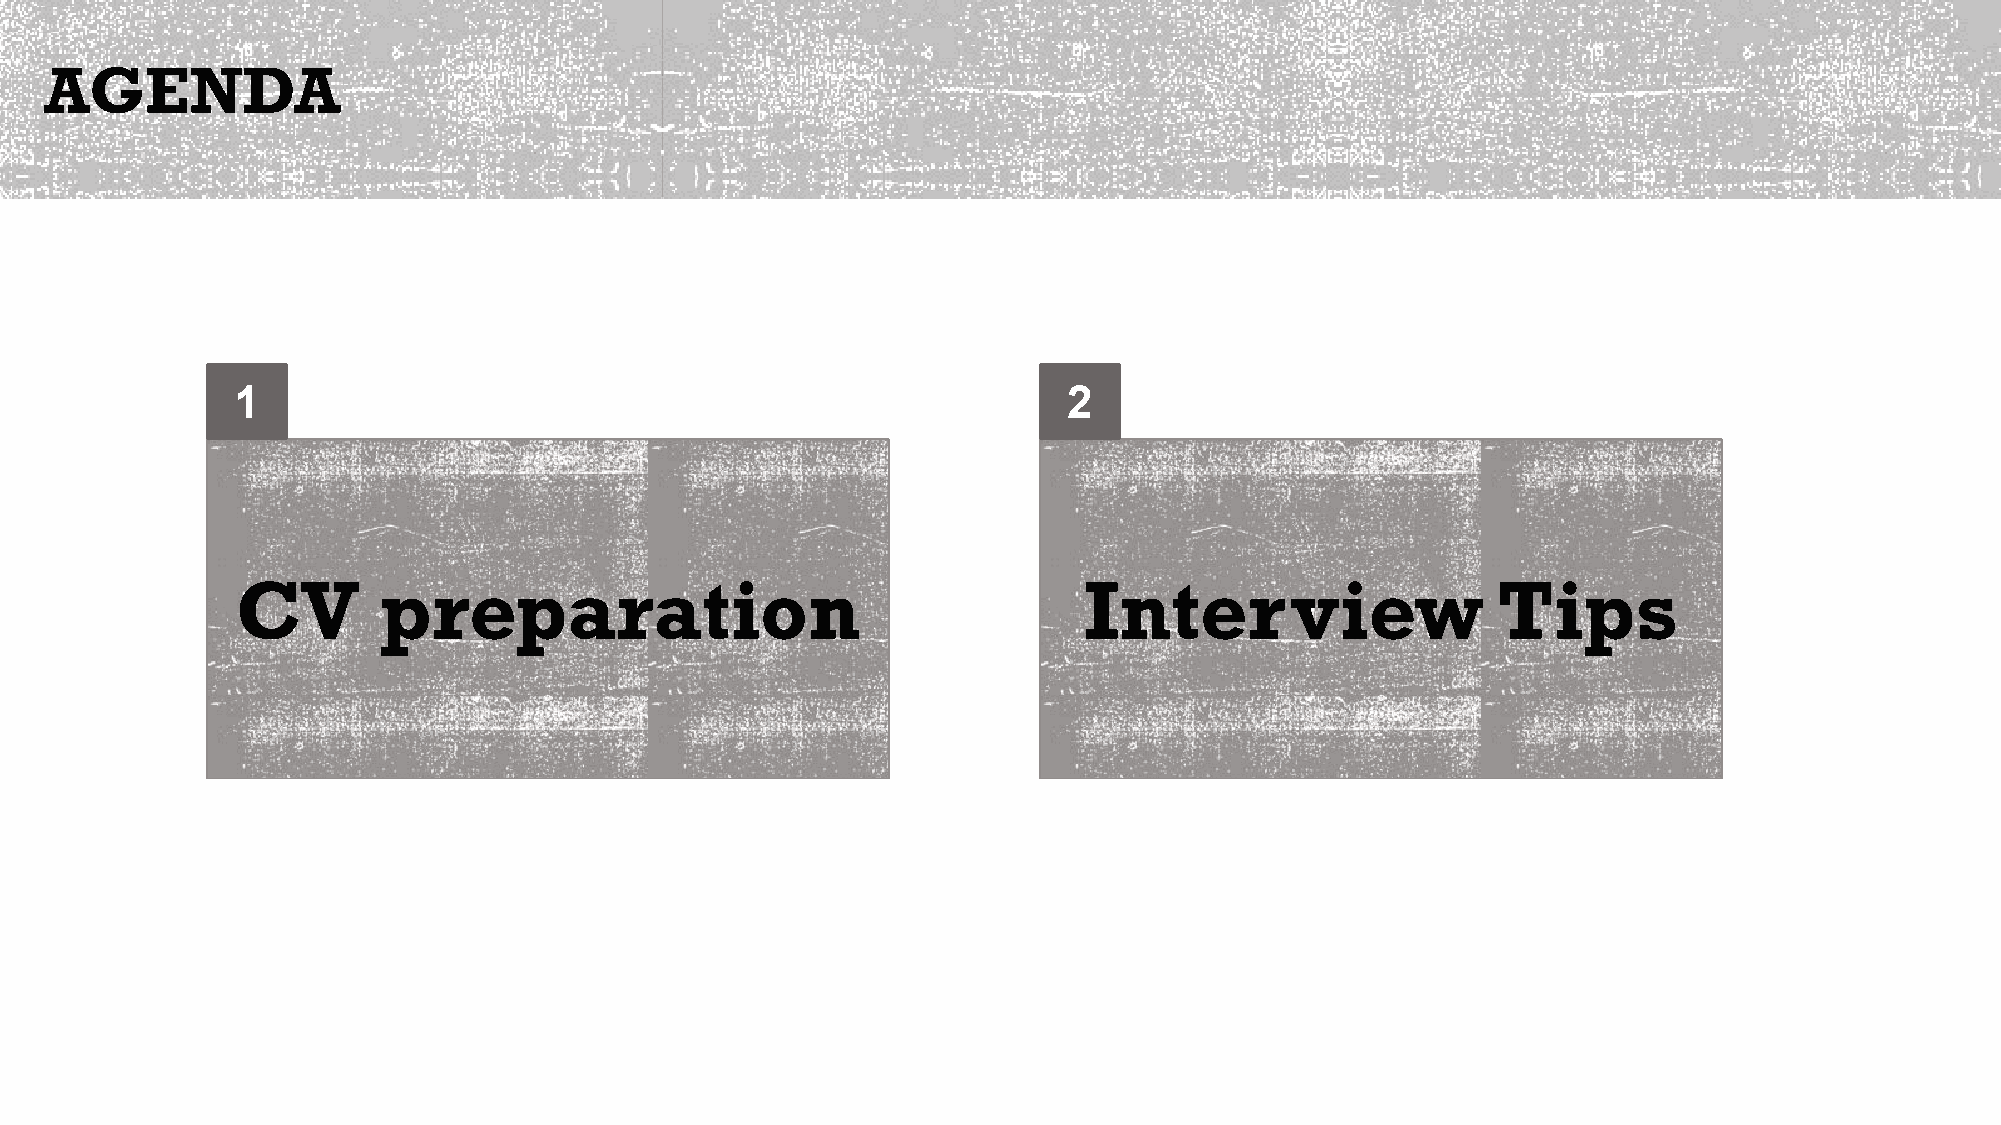
AGENDA
 1                                                       2
 CV       preparation                                    Inter        view          Tips